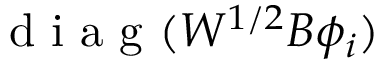
\mathrm { ~ d ~ i ~ a ~ g ~ } ( W ^ { 1 / 2 } B \phi _ { i } )